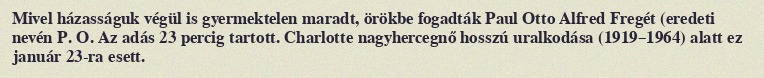
Mivel házasságuk végül is gyermektelen maradt, örökbe fogadták Paul Otto Alfred Fregét (eredeti nevén P. O. Az adás 23 percig tartott. Charlotte nagyhercegnő hosszú uralkodása (1919–1964) alatt ez január 23-ra esett.